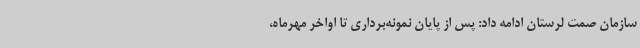
سازمان صمت لرستان ادامه داد: پس از پایان نمونه‌برداری تا اواخر مهرماه،